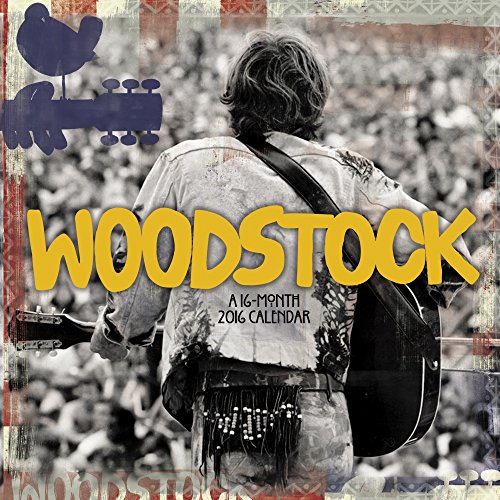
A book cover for Woodstock Wall Calendar (2016); Day Dream; Calendars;